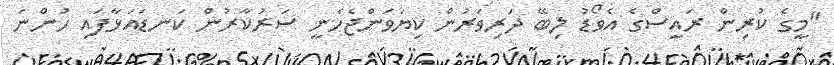
"މީގެ ކުރިން ރައީސްގެ އެވޯޑު ލިބޭ ދަރިވަރުން ކިޔަވަންޖެހެނީ ސަރުކާރުން ކަނޑައަޅާފައި ހުންނަ